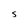
Character: S